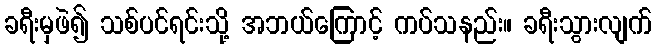
ခရီးမှဖဲ၍ သစ်ပင်ရင်းသို့ အဘယ်ကြောင့် ကပ်သနည်း။ ခရီးသွားလျက်